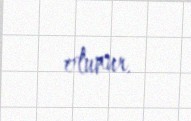
olunur.